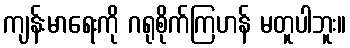
ကျန်းမာရေးကို ဂရုစိုက်ကြဟန် မတူပါဘူး။